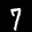
Label: 7